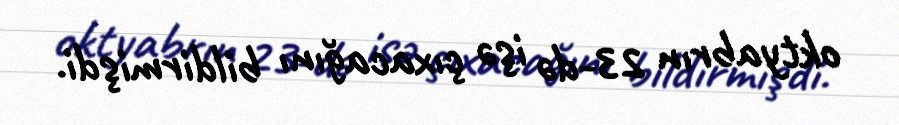
oktyabrın 23-də işə çıxacağını bildirmişdi.